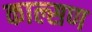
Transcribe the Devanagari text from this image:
काल्सण